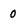
Character: 0